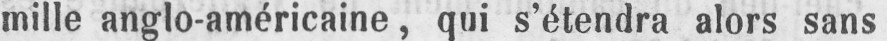
mille anglo-américaine, qui s’étendra alors sans